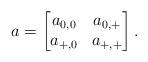
LaTeX: \begin{align*}a = \left[ \begin{matrix} a_{0, 0} & a_{0, +} \\ a_{+, 0} & a_{+, +} \end{matrix} \right].\end{align*}